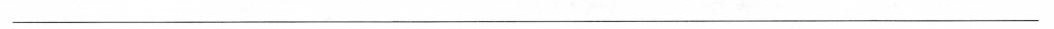
___